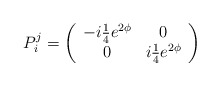
\begin{align*}P_{i}^{j}=\left( \begin{array}{cc}-i{\textstyle{\frac{1}{4}}}e^{2\phi } & 0 \\ 0 & i{\textstyle{\frac{1}{4}}}e^{2\phi }\end{array}\right) \end{align*}